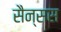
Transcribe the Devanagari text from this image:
सैन्सस